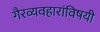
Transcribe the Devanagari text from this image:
गैरव्यवहारांविषयी